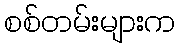
စစ်တမ်းများက